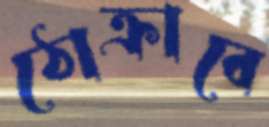
ঠোক্‌রাবে